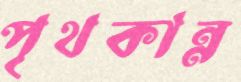
পৃথকান্ন